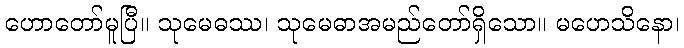
ဟောတော်မူပြီ။ သုမေဓဿ၊ သုမေဓာအမည်တော်ရှိသော။ မဟေသိနော၊